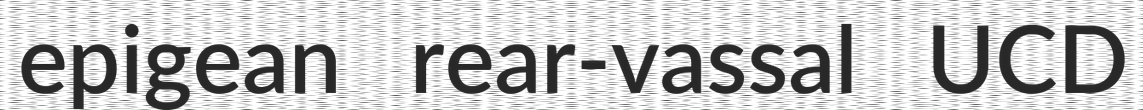
epigean rear-vassal UCD